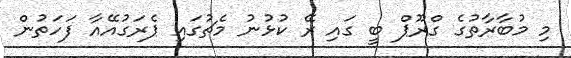
މި މުބާރާތުގެ ގްރޫޕް ބީ ގައި ރޭ ކުޅުނު މެޗުގައި ޕެރަގުއޭއާ ފަހަތުން